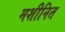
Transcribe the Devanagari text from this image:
मशीनित